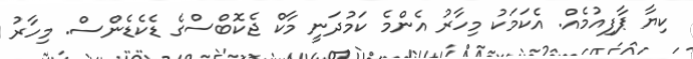
ކިޔާ ޕާފިއުމެއް. އެކަމަކު މިހާރު އެންމެ ކަމުދަނީ މާކް ޖެކޮބްސްގެ ޑެކެޑެންސް. މިހާރު